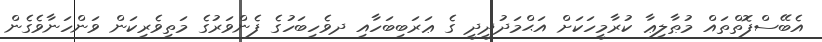
އެބޭސްފޮތްތައް މުޠާލިޢާ ކުރާމީހަކަށް އަޙްމަދުދީދީ ގެ ޢަރަބިބަހާއި ދވެހިބަހުގެ ފެންވަރުގެ މަތިވެރިކަން ވަންހަނާވެގެން